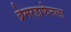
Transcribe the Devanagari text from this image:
ब्रेमरहाफेनला